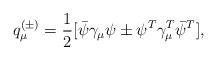
LaTeX: \begin{align*}q_{\mu}^{(\pm)}=\frac{1}{2}[\bar{\psi}\gamma_{\mu}\psi \pm \psi^T\gamma_{\mu}^T\bar{\psi}^T ],\end{align*}